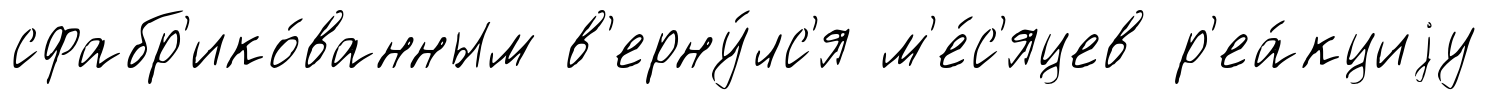
сфабр'ико́ванным в'ерну́лс'я м'е́с'яцев р'еа́кциjу